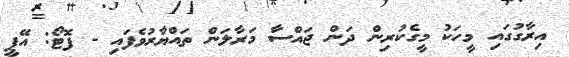
އިރާގުގައި މީހަކު މީގެކުރިން ދަން ޖައްސާ މަރާލަން ތައްޔާރުވެފައި - ފޮޓޯ: އޭޕީ